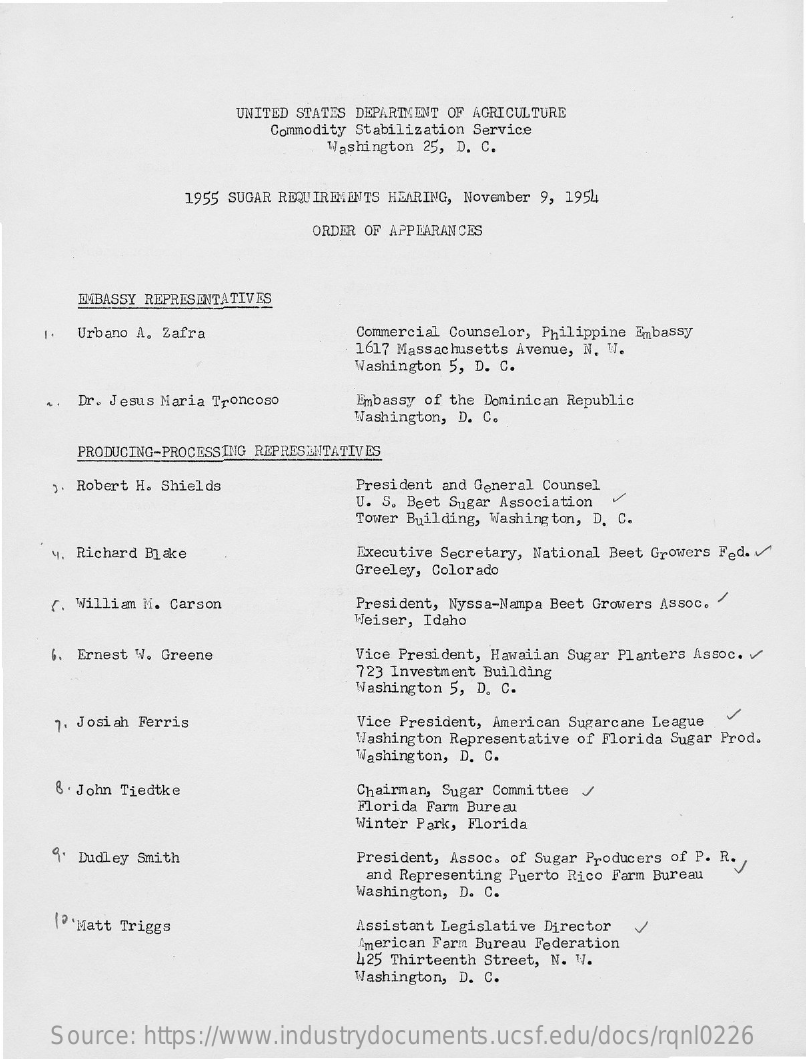
UNITED STATES DEPARTMENT OF AGRICULTURE
     Commodity Stabilization Service
     Washington 25, D. C.
     1955 SUGAR REQUIREMENTS HEARING, November 9, 1954
     ORDER OF APPEARANCES
     EMBASSY REPRESENTATIVES
     Urbano A. Zafra    Commercial Counselor, Philippine Embassy
     1617 Massachusetts Avenue, N. W.
     Washington 5, D. C.
     Dr. Jesus Maria Troncoso Embassy of the Dominican Republic
     Washington, D. C.
     PRODUCING-PROCESSING REPRESENTATIVES
     ). Robert H. Shields    President and General Counsel
     U. S. Beet Sugar Association V
     Tower Building, Washington, D. C.
     Richard Blake    Executive Secretary, National Beet Growers Fed.
     Greeley, Colorado
     (. William M. Carson    President, Nyssa-Nampa Beet Growers Assoc. "
     Weiser, Idaho
     6. Ernest W. Greene    Vice President, Hawaiian Sugar Planters Assoc. V
     723 Investment Building
     Washington 5, D. C.
     7. Josiah Ferris    Vice President, American Sugarcane League V
     Washington Representative of Florida Sugar Prod.
     Washington, D. C.
     8 . John Tiedtke    Chairman, Sugar Committee J
     Florida Farm Bureau
     Winter Park, Florida
     9. Dudley Smith    President, Assoc. of Sugar Producers of P. R.
     and Representing Puerto Rico Farm Bureau
     Washington, D. C.
     [' 'Matt Triggs    Assistant Legislative Director
     American Farm Bureau Federation
     425 Thirteenth Street, N. V.
     Washington, D. C.
     Source: https://www.industrydocuments.ucsf.edu/docs/rqnl0226